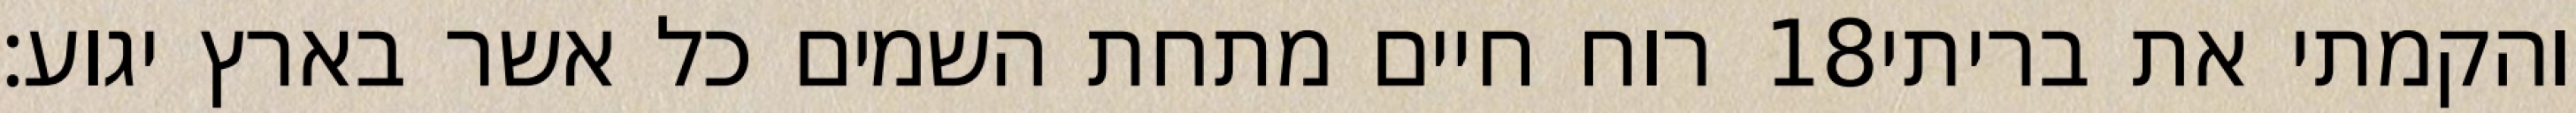
רוח חיים מתחת השמים כל אשר בארץ יגוע׃ ‎18‏ והקמתי את בריתי